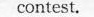
contest.